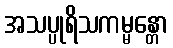
အသပ္ပုရိသကမ္မန္တော